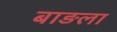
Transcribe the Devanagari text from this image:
बाङला